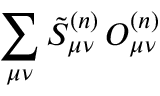
\displaystyle \sum _ { \mu \nu } \tilde { S } _ { \mu \nu } ^ { ( n ) } \, O _ { \mu \nu } ^ { ( n ) }